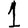
Digit: 1